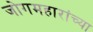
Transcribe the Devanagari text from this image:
जोगमहारांच्या